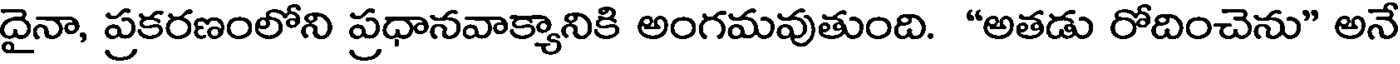
దైనా, ప్రకరణంలోని ప్రధానవాక్యానికి అంగమవుతుంది. "అతడు రోదించెను" అనే